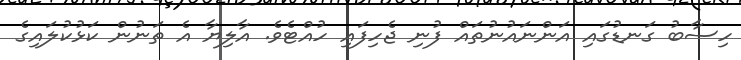
ހިސާބު ގަނޑުގައި އަންނައުނުތައް ފުނި ޖެހިފައި ހުއްޓެވެ. އާލިޔާ އެ ތަނުން ކަޅުކުލައިގެ